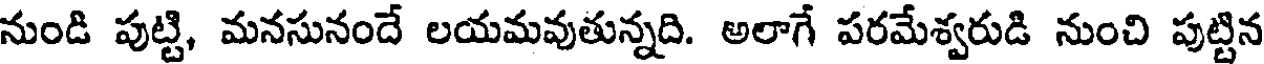
నుండి పుట్టి, మనసునందే లయమవుతున్నది. అలాగే పరమేశ్వరుడి నుంచి పుట్టిన